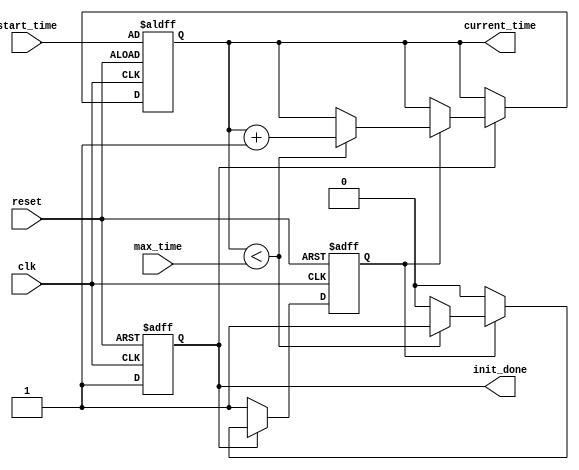
module SimulationTimeInit (
    input wire clk,                // Clock input
    input wire reset,              // Active high reset signal
    input wire [31:0] start_time,  // Initial time value for the simulation
    input wire [31:0] max_time,    // Maximum time for the simulation
    output reg [31:0] current_time, // Current simulation time
    output reg init_done           // Initialization done flag
);

    // Internal variables
    reg [31:0] time_counter;        // Counter to track elapsed time
    reg sim_active;                 // Flag indicating if simulation is active

    // Initialization block
    initial begin
        current_time = 0;
        time_counter = 0;
        init_done = 0;
        sim_active = 0;
    end

    // Simulation Time Initialization
    always @(posedge clk or posedge reset) begin
        if (reset) begin
            current_time <= start_time; // Set current time to start time on reset
            time_counter <= 0;
            init_done <= 0;
            sim_active <= 0;
        end else if (!init_done) begin
            // Wait for initialization to complete
            init_done <= 1;             // Mark initialization as done
            sim_active <= 1;            // Simulation can now start
        end else if (sim_active) begin
            // Increment current time based on some condition
            if (current_time < max_time) begin
                current_time <= current_time + 1; // Increment current time
                time_counter <= time_counter + 1; // Increment time counter
            end else begin
                sim_active <= 0;          // Stop simulation when max time is reached
            end
        end
    end

    // Debugging and Monitoring
    always @(posedge clk) begin
        if (sim_active) begin
            $display("Current Time: %d", current_time);
        end
    end

endmodule